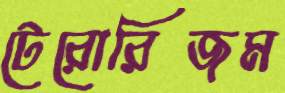
টেরোরিজম